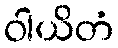
ဝါယိတံ